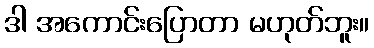
ဒါ အကောင်းပြောတာ မဟုတ်ဘူး။